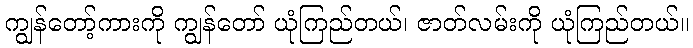
ကျွန်တော့်ကားကို ကျွန်တော် ယုံကြည်တယ်၊ ဇာတ်လမ်းကို ယုံကြည်တယ်။